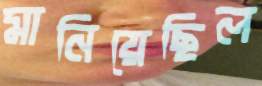
মানিয়েছিল